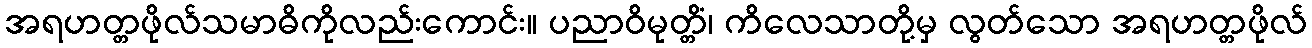
အရဟတ္တဖိုလ်သမာဓိကိုလည်းကောင်း။ ပညာဝိမုတ္တိံ၊ ကိလေသာတို့မှ လွတ်သော အရဟတ္တဖိုလ်